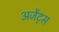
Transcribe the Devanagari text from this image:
अजेंट्स